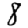
Digit: 8